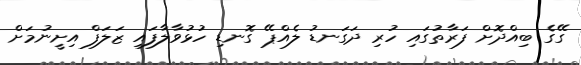
ގޭގެ ބިއްދޮށް ފަރާތުގައި ހުރި ދަގަނޑު ލެއްޕޭ ގޮނޑި ހުޅުވާލާފައި ޒަލަފް އިށީނުމަށް